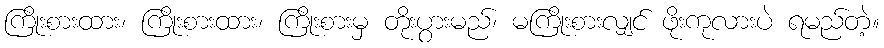
ကြိုးစားထား၊ ကြိုးစားထား၊ ကြိုးစားမှ တိုးပွားမည်၊ မကြိုးစားလျှင် ဖိုးကုလားပဲ ရမည်တဲ့။